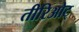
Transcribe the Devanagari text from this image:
तीरिओट्